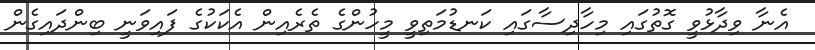
އެނާ ވިދާޅުވީ ގޮތުގައި މިހާދިސާގައި ކަނޑުމަތިވީ މީހުންގެ ތެރެއިން އެކަކުގެ ފައިވަނީ ބިންދައިގެން